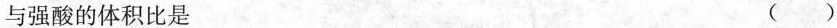
与强酸的体积比是 ()